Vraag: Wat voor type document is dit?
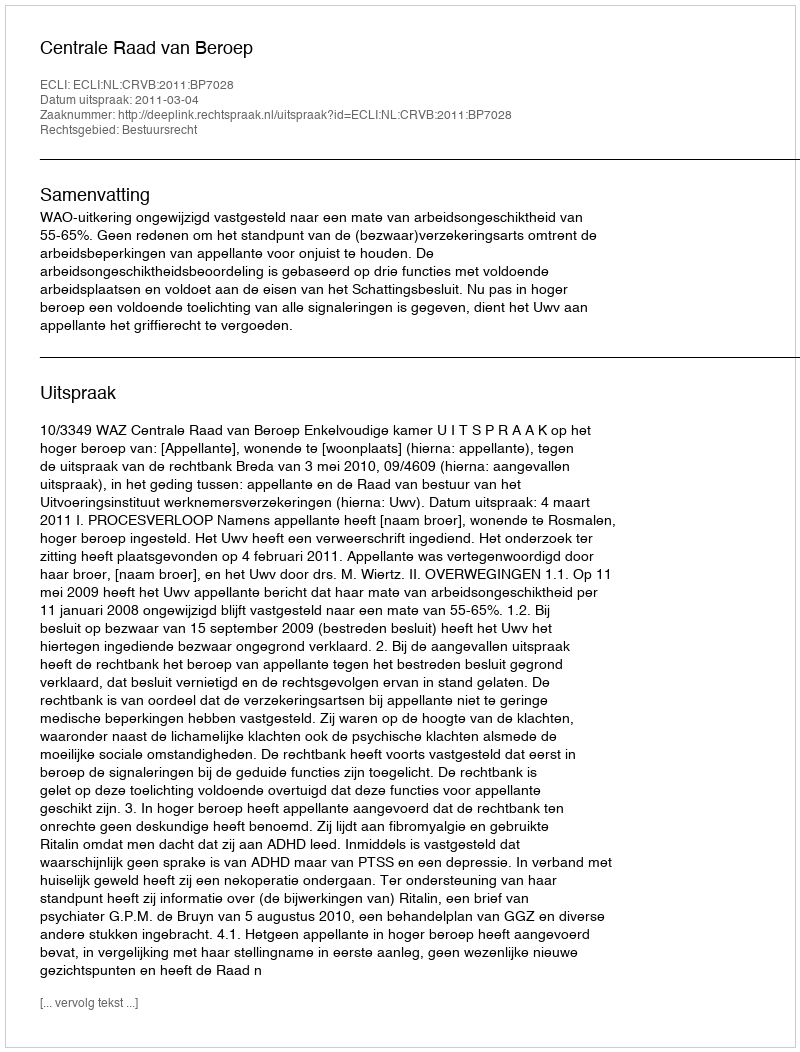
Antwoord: Uitspraak